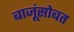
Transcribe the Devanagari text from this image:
बाजूंसोबत